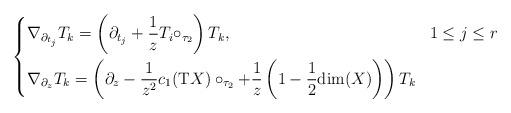
LaTeX: \begin{align*} \left\{\begin{aligned} & \nabla_{\partial_{t_j}} T_k = \left(\partial_{t_j} + \frac{1}{z} T_i \circ_{\tau_2} \right) T_k, && 1 \leq j \leq r\\ & \nabla_{\partial_z} T_k = \left(\partial_z - \frac{1}{z^2} c_1(\textnormal{T}X) \circ_{\tau_2} + \frac{1}{z} \left( 1 - \frac{1}{2}\textnormal{dim}(X) \right) \right) T_k \end{aligned}\right. \end{align*}